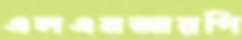
এলএমআরপি